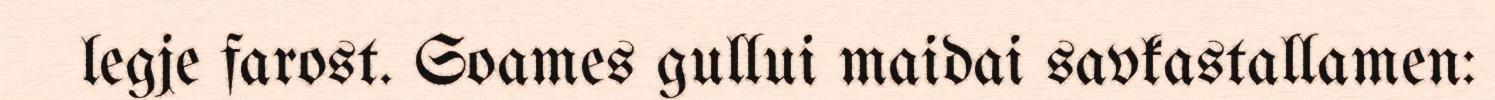
legje farost. Soames gullui maidai savkastallamen: